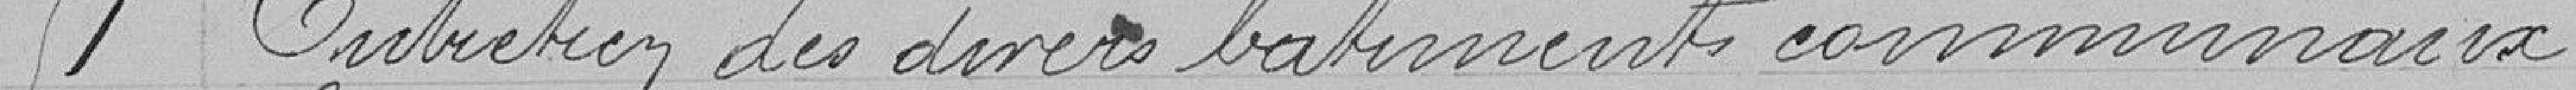
51 Entretien des divers bâtiments communaux